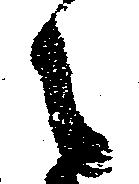
之